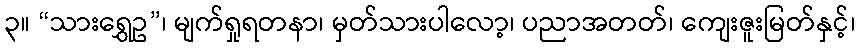
၃။ “သားရွှေဥ”၊ မျက်ရှုရတနာ၊ မှတ်သားပါလော့၊ ပညာအတတ်၊ ကျေးဇူးမြတ်နှင့်၊